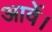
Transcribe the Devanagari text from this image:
आवें।